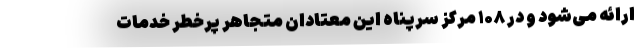
ارائه می‌شود و در ۱۰۸ مرکز سرپناه این معتادان متجاهر پرخطر خدمات